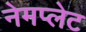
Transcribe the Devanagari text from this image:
नेमप्‍लेट